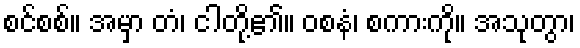
စင်စစ်။ အမှာ တံ၊ ငါတို့၏။ ဝစနံ၊ စကားကို။ အသုတွာ၊